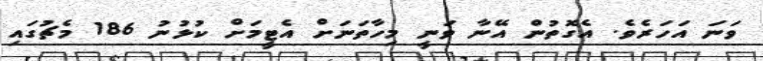
ވަނަ އަހަރެވެ. އެގޮތުން އޭނާ ވަނީ މިހާތަނަށް އެޓީމަށް ކުޅުނު 186 މެޗުގައި